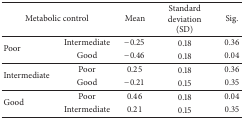
<table><thead><tr><td colspan="2"><b>Metabolic control</b></td><td><b>Mean</b></td><td><b>Standard deviation (SD)</b></td><td><b>Sig.</b></td></tr></thead><tbody><tr><td rowspan="2">Poor</td><td>Intermediate</td><td>−0.25</td><td>0.18</td><td>0.36</td></tr><tr><td>Good</td><td>−0.46</td><td>0.18</td><td>0.04</td></tr><tr><td rowspan="2">Intermediate</td><td>Poor</td><td>0.25</td><td>0.18</td><td>0.36</td></tr><tr><td>Good</td><td>−0.21</td><td>0.15</td><td>0.35</td></tr><tr><td rowspan="2">Good</td><td>Poor</td><td>0.46</td><td>0.18</td><td>0.04</td></tr><tr><td>Intermediate</td><td>0.21</td><td>0.15</td><td>0.35</td></tr></tbody></table>